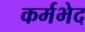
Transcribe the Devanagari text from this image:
कर्मभेद